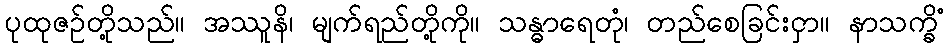
ပုထုဇဉ်တို့သည်။ အဿူနိ၊ မျက်ရည်တို့ကို။ သန္ဓာရေတုံ၊ တည်စေခြင်းငှာ။ နာသက္ခိံ